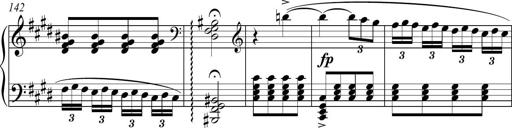
Title: Funeral March and Sonatina
Composer: Thomas Hellemans
Key: C-sharp minor